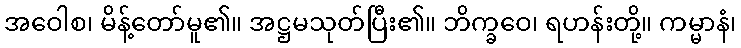
အဝေါစ၊ မိန့်တော်မူ၏။ အဋ္ဌမသုတ်ပြီး၏။ ဘိက္ခဝေ၊ ရဟန်းတို့။ ကမ္မာနံ၊